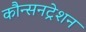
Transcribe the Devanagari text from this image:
कौन्सनट्रेशन